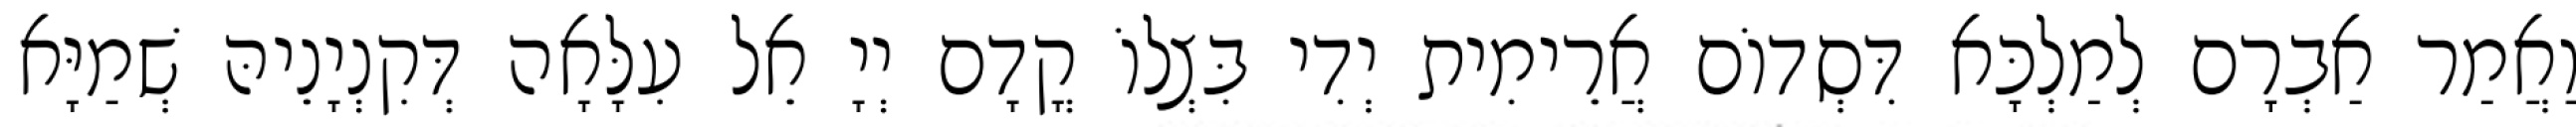
וַאֲמַר אַבְרָם לְמַלְכָּא דִּסְדוֹם אֲרֵימִית יְדִי בִּצְלוֹ קֳדָם יְיָ אֵל עִלָּאָה דְּקִנְיָנֵיהּ שְׁמַיָּא